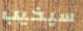
سيخيب